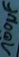
Text: 100µF